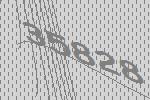
35828